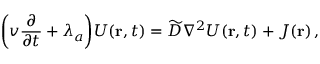
\bigg ( v \frac { \partial } { \partial t } + \lambda _ { a } \bigg ) U ( { \bf r } , t ) = \widetilde D \nabla ^ { 2 } U ( { \bf r } , t ) + { \cal J } ( { \bf r } ) \, ,